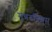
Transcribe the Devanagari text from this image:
मून्नरुवियुम्